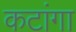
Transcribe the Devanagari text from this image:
कटांगा